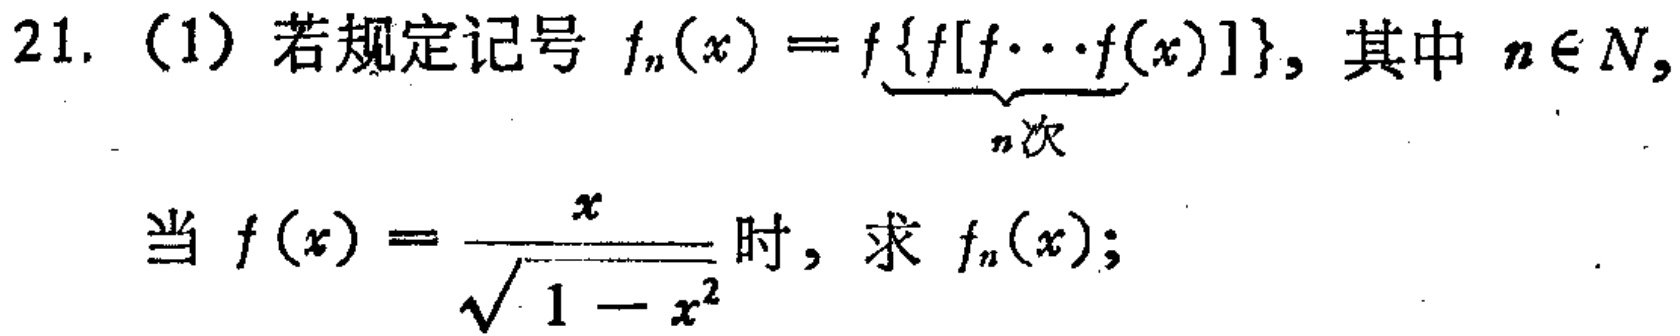
21. (1) 若规定记号 \(f_n(x)=f\underbrace{\{f[f\cdots f(x)]\}}_{n次}\)，其中 \(n\in N\)，

当 \(f(x)=\frac{x}{\sqrt{1 - x^{2}}}\) 时，求 \(f_n(x)\)；